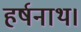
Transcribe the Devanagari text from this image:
हर्षनाथ।